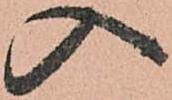
入